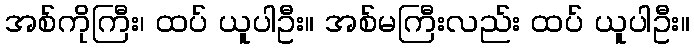
အစ်ကိုကြီး၊ ထပ် ယူပါဦး။ အစ်မကြီးလည်း ထပ် ယူပါဦး။